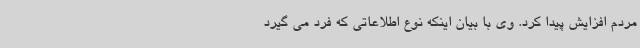
مردم افزایش پیدا کرد. وی با بیان اینکه نوع اطلاعاتی که فرد می گیرد